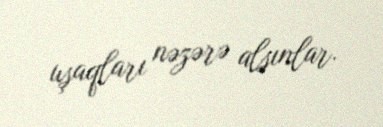
uşaqları nəzərə alsınlar.